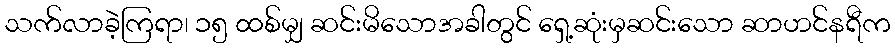
သက်လာခဲ့ကြရာ၊ ၁၅ ထစ်မျှ ဆင်းမိသောအခါတွင် ရှေ့ဆုံးမှဆင်းသော ဆာဟင်နရီက